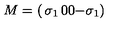
M = \left( \begin{matrix} { \sigma _ { 1 } } & { 0 } \\ { 0 } & { - \sigma _ { 1 } } \\ \end{matrix} \right)